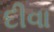
દીવા